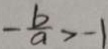
- \frac { b } { a } > - 1